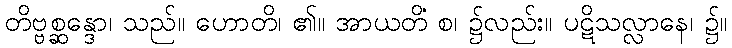
တိဗ္ဗစ္ဆန္ဒော၊ သည်။ ဟောတိ၊ ၏။ အာယတိံ စ၊ ၌လည်း။ ပဋိသလ္လာနေ၊ ၌။